Lunatic asylums in Bengal annual reports 1912-1924 - 1912-1924
Year: 1912
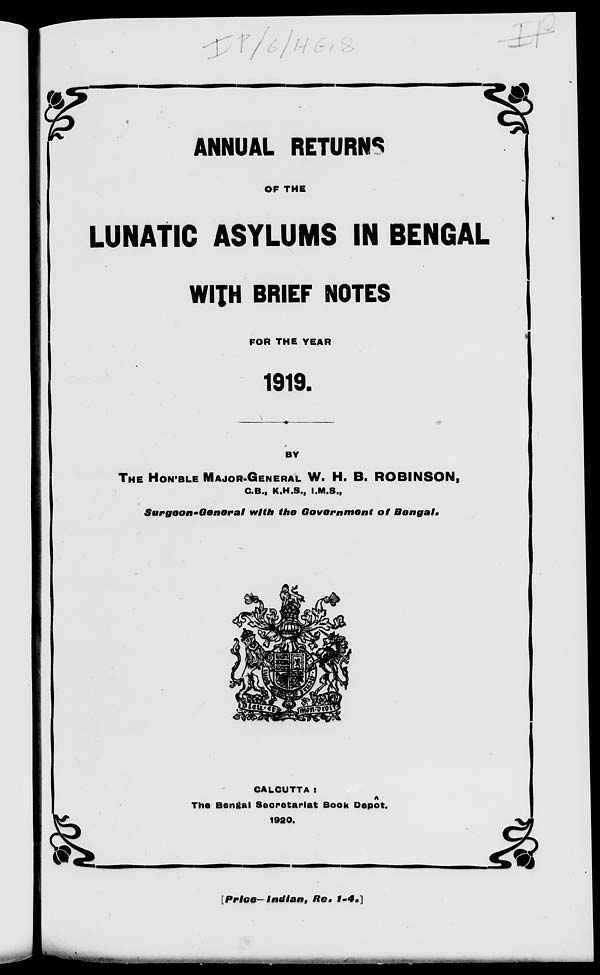
ANNUAL RETURNS
OF THE
LUNATIC ASYLUMS IN BENGAL
WITH BRIEF NOTES
FOR THE YEAR
1919.
BY
THE HON'BLE MAJOR-GENERAL W. H. B. ROBINSON,
C.B., K.H.S., I.M.S.,
Surgeon-General
with the Government
of
Bengal.
CALCUTTA :
The Bengal Secretariat Book Depôt.
1920.
[Price—Indian,
Re.
1-4.]